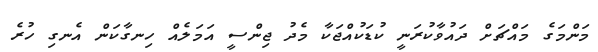
މަންމަގެ މައްޗަށް ދައުވާކުރަނީ ކުޑަކުއްޖަކާ މެދު ޖިންސީ އަމަލެއް ހިނގާކަން އެނގި ހުރެ